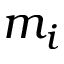
m _ { i }